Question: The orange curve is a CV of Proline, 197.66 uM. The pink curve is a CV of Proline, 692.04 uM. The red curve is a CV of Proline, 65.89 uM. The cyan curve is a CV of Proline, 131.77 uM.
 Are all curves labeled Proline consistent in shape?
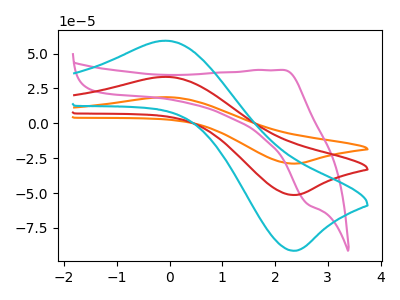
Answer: <think>The orange curve "Proline, 197.66 uM" has an anodic peak at (-0.10V, 66.65uA) and a cathodic peak at (2.40V, -102.80uA). The pink curve "Proline, 692.04 uM" has an anodic peak at (2.15V, 38.20uA) and a cathodic peak at (2.60V, -58.00uA). The red curve "Proline, 65.89 uM" has an anodic peak at (-0.10V, 33.35uA) and a cathodic peak at (2.40V, -51.40uA). The cyan curve "Proline, 131.77 uM" has an anodic peak at (-0.10V, 59.25uA) and a cathodic peak at (2.40V, -91.40uA).
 "Proline, 197.66 uM" and "Proline, 692.04 uM" have at least one peak that do not match. All the peaks in "Proline, 197.66 uM" have a peak in "Proline, 65.89 uM" at the same potential. Every peak in "Proline, 197.66 uM" is higher than every peak in "Proline, 65.89 uM". All the peaks in "Proline, 197.66 uM" have a peak in "Proline, 131.77 uM" at the same potential. Every peak in "Proline, 197.66 uM" is higher than every peak in "Proline, 131.77 uM". "Proline, 692.04 uM" and "Proline, 65.89 uM" have at least one peak that do not match. "Proline, 692.04 uM" and "Proline, 131.77 uM" have at least one peak that do not match. All the peaks in "Proline, 65.89 uM" have a peak in "Proline, 131.77 uM" at the same potential. Every peak in "Proline, 65.89 uM" is lower than every peak in "Proline, 131.77 uM".</think>
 <answer>All the CV's of "Proline" have similar shape.</answer>
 <eval>follow_rule</eval>